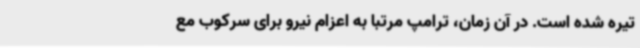
تیره شده است. در آن زمان، ترامپ مرتبا به اعزام نیرو برای سرکوب مع